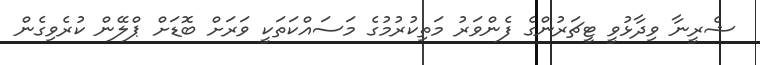
ޝެރީނާ ވިދާޅުވީ ޓީޗަރުންގެ ފެންވަރު މަތިކުރުމުގެ މަސައްކަތަކީ ވަރަށް ބޮޑަށް ޕްލޭން ކުރެވިގެން